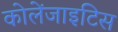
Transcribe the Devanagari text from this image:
कोलेंजाइटिस